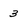
Character: 3